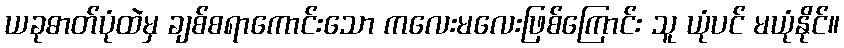
ယခုဓာတ်ပုံထဲမှ ချစ်စရာကောင်းသော ကလေးမလေးဖြစ်ကြောင်း သူ ယုံပင် မယုံနိုင်။